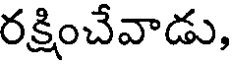
రక్షించేవాడు,